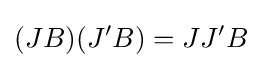
(JB)(J'B)=JJ'B